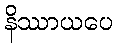
နိဿာယပေ